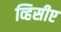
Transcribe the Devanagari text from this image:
व्हिसीए